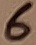
Text: 6